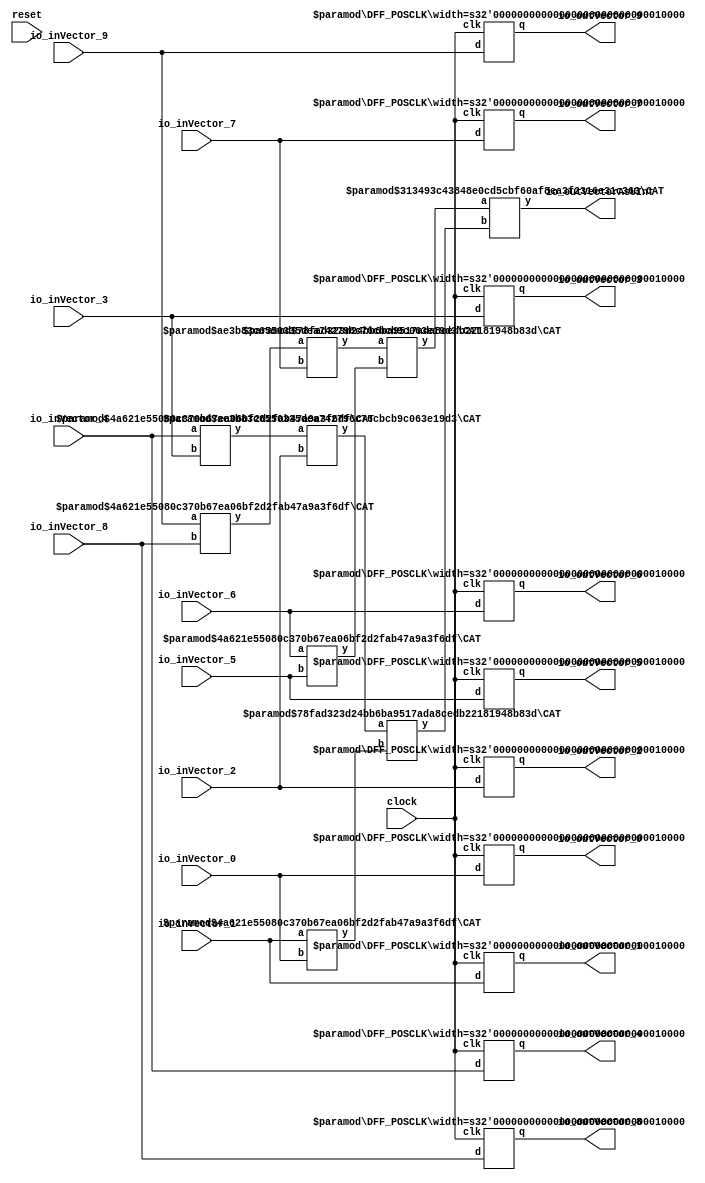
module VecPassThrough(
    input clock,
    input reset,
    input [15:0] io_inVector_0,
    input [15:0] io_inVector_1,
    input [15:0] io_inVector_2,
    input [15:0] io_inVector_3,
    input [15:0] io_inVector_4,
    input [15:0] io_inVector_5,
    input [15:0] io_inVector_6,
    input [15:0] io_inVector_7,
    input [15:0] io_inVector_8,
    input [15:0] io_inVector_9,
    output [15:0] io_outVector_0,
    output [15:0] io_outVector_1,
    output [15:0] io_outVector_2,
    output [15:0] io_outVector_3,
    output [15:0] io_outVector_4,
    output [15:0] io_outVector_5,
    output [15:0] io_outVector_6,
    output [15:0] io_outVector_7,
    output [15:0] io_outVector_8,
    output [15:0] io_outVector_9,
    output [159:0] io_outVectorAsUInt
);
    wire [15:0] _regVector_0__q;
    wire [15:0] _regVector_0__d;
    DFF_POSCLK #(.width(16)) regVector_0 (
        .q(_regVector_0__q),
        .d(_regVector_0__d),
        .clk(clock)
    );
    wire [15:0] _regVector_1__q;
    wire [15:0] _regVector_1__d;
    DFF_POSCLK #(.width(16)) regVector_1 (
        .q(_regVector_1__q),
        .d(_regVector_1__d),
        .clk(clock)
    );
    wire [15:0] _regVector_2__q;
    wire [15:0] _regVector_2__d;
    DFF_POSCLK #(.width(16)) regVector_2 (
        .q(_regVector_2__q),
        .d(_regVector_2__d),
        .clk(clock)
    );
    wire [15:0] _regVector_3__q;
    wire [15:0] _regVector_3__d;
    DFF_POSCLK #(.width(16)) regVector_3 (
        .q(_regVector_3__q),
        .d(_regVector_3__d),
        .clk(clock)
    );
    wire [15:0] _regVector_4__q;
    wire [15:0] _regVector_4__d;
    DFF_POSCLK #(.width(16)) regVector_4 (
        .q(_regVector_4__q),
        .d(_regVector_4__d),
        .clk(clock)
    );
    wire [15:0] _regVector_5__q;
    wire [15:0] _regVector_5__d;
    DFF_POSCLK #(.width(16)) regVector_5 (
        .q(_regVector_5__q),
        .d(_regVector_5__d),
        .clk(clock)
    );
    wire [15:0] _regVector_6__q;
    wire [15:0] _regVector_6__d;
    DFF_POSCLK #(.width(16)) regVector_6 (
        .q(_regVector_6__q),
        .d(_regVector_6__d),
        .clk(clock)
    );
    wire [15:0] _regVector_7__q;
    wire [15:0] _regVector_7__d;
    DFF_POSCLK #(.width(16)) regVector_7 (
        .q(_regVector_7__q),
        .d(_regVector_7__d),
        .clk(clock)
    );
    wire [15:0] _regVector_8__q;
    wire [15:0] _regVector_8__d;
    DFF_POSCLK #(.width(16)) regVector_8 (
        .q(_regVector_8__q),
        .d(_regVector_8__d),
        .clk(clock)
    );
    wire [15:0] _regVector_9__q;
    wire [15:0] _regVector_9__d;
    DFF_POSCLK #(.width(16)) regVector_9 (
        .q(_regVector_9__q),
        .d(_regVector_9__d),
        .clk(clock)
    );
    wire [31:0] _T_48;
    CAT #(.width_a(16), .width_b(16)) cat_1 (
        .y(_T_48),
        .a(io_inVector_1),
        .b(io_inVector_0)
    );
    wire [31:0] _T_49;
    CAT #(.width_a(16), .width_b(16)) cat_2 (
        .y(_T_49),
        .a(io_inVector_4),
        .b(io_inVector_3)
    );
    wire [47:0] _T_50;
    CAT #(.width_a(32), .width_b(16)) cat_3 (
        .y(_T_50),
        .a(_T_49),
        .b(io_inVector_2)
    );
    wire [79:0] _T_51;
    CAT #(.width_a(48), .width_b(32)) cat_4 (
        .y(_T_51),
        .a(_T_50),
        .b(_T_48)
    );
    wire [31:0] _T_52;
    CAT #(.width_a(16), .width_b(16)) cat_5 (
        .y(_T_52),
        .a(io_inVector_6),
        .b(io_inVector_5)
    );
    wire [31:0] _T_53;
    CAT #(.width_a(16), .width_b(16)) cat_6 (
        .y(_T_53),
        .a(io_inVector_9),
        .b(io_inVector_8)
    );
    wire [47:0] _T_54;
    CAT #(.width_a(32), .width_b(16)) cat_7 (
        .y(_T_54),
        .a(_T_53),
        .b(io_inVector_7)
    );
    wire [79:0] _T_55;
    CAT #(.width_a(48), .width_b(32)) cat_8 (
        .y(_T_55),
        .a(_T_54),
        .b(_T_52)
    );
    wire [159:0] _T_56;
    CAT #(.width_a(80), .width_b(80)) cat_9 (
        .y(_T_56),
        .a(_T_55),
        .b(_T_51)
    );
    assign io_outVectorAsUInt = _T_56;
    assign io_outVector_0 = _regVector_0__q;
    assign io_outVector_1 = _regVector_1__q;
    assign io_outVector_2 = _regVector_2__q;
    assign io_outVector_3 = _regVector_3__q;
    assign io_outVector_4 = _regVector_4__q;
    assign io_outVector_5 = _regVector_5__q;
    assign io_outVector_6 = _regVector_6__q;
    assign io_outVector_7 = _regVector_7__q;
    assign io_outVector_8 = _regVector_8__q;
    assign io_outVector_9 = _regVector_9__q;
    assign _regVector_0__d = io_inVector_0;
    assign _regVector_1__d = io_inVector_1;
    assign _regVector_2__d = io_inVector_2;
    assign _regVector_3__d = io_inVector_3;
    assign _regVector_4__d = io_inVector_4;
    assign _regVector_5__d = io_inVector_5;
    assign _regVector_6__d = io_inVector_6;
    assign _regVector_7__d = io_inVector_7;
    assign _regVector_8__d = io_inVector_8;
    assign _regVector_9__d = io_inVector_9;
endmodule //VecPassThrough
module DFF_POSCLK(q, d, clk);
    parameter width = 4;
    output reg [width-1:0] q;
    input [width-1:0] d;
    input clk;
    always @(posedge clk) begin
        q <= d;
    end
endmodule // DFF_POSCLK
module CAT(y, a, b);
    parameter width_a = 4;
    parameter width_b = 4;
    output [width_a+width_b-1:0] y;
    input [width_a-1:0] a;
    input [width_b-1:0] b;
    assign y = {a, b};
endmodule // CAT